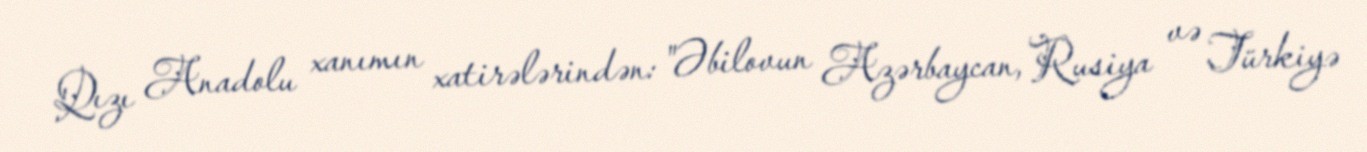
Qızı Anadolu xanımın xatirələrindən: "Əbilovun Azərbaycan, Rusiya və Türkiyə